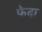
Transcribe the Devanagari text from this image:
फेदा